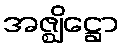
အဇ္ဈိဋ္ဌော